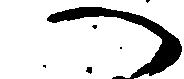
へ